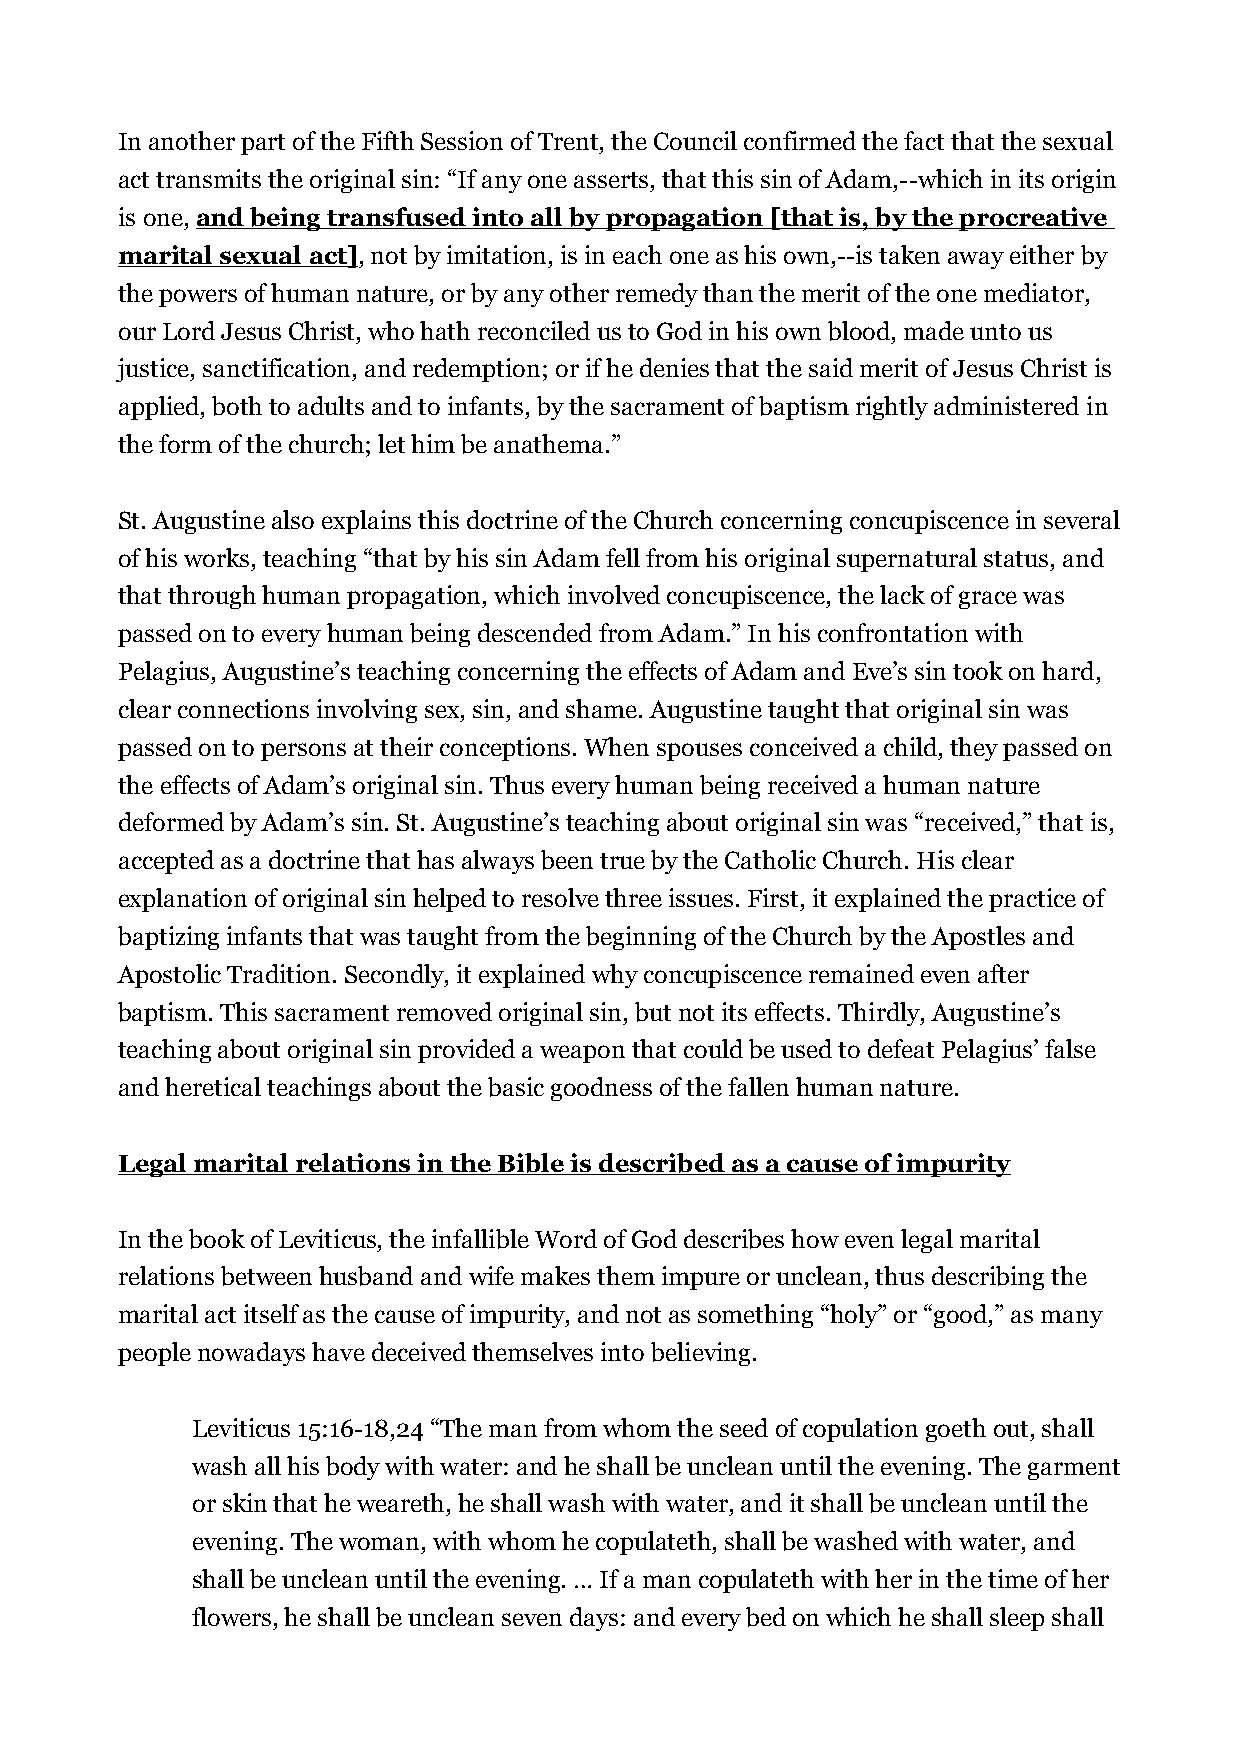
In another part of the Fifth Session of Trent, the Council confirmed the fact that the sexual
 act transmits the original sin: “If any one asserts, that this sin of Adam,--which in its origin
 is one, and being transfused into all by propagation [that is, by the procreative
 marital sexual act], not by imitation, is in each one as his own,--is taken away either by
 the powers of human nature, or by any other remedy than the merit of the one mediator,
 our Lord Jesus Christ, who hath reconciled us to God in his own blood, made unto us
 justice, sanctification, and redemption; or if he denies that the said merit of Jesus Christ is
 applied, both to adults and to infants, by the sacrament of baptism rightly administered in
 the form of the church; let him be anathema.”
 St. Augustine also explains this doctrine of the Church concerning concupiscence in several
 of his works, teaching “that by his sin Adam fell from his original supernatural status, and
 that through human propagation, which involved concupiscence, the lack of grace was
 passed on to every human being descended from Adam.” In his confrontation with
 Pelagius, Augustine’s teaching concerning the effects of Adam and Eve’s sin took on hard,
 clear connections involving sex, sin, and shame. Augustine taught that original sin was
 passed on to persons at their conceptions. When spouses conceived a child, they passed on
 the effects of Adam’s original sin. Thus every human being received a human nature
 deformed by Adam’s sin. St. Augustine’s teaching about original sin was “received,” that is,
 accepted as a doctrine that has always been true by the Catholic Church. His clear
 explanation of original sin helped to resolve three issues. First, it explained the practice of
 baptizing infants that was taught from the beginning of the Church by the Apostles and
 Apostolic Tradition. Secondly, it explained why concupiscence remained even after
 baptism. This sacrament removed original sin, but not its effects. Thirdly, Augustine’s
 teaching about original sin provided a weapon that could be used to defeat Pelagius’ false
 and heretical teachings about the basic goodness of the fallen human nature.
 Legal marital relations in the Bible is described as a cause of impurity
 In the book of Leviticus, the infallible Word of God describes how even legal marital
 relations between husband and wife makes them impure or unclean, thus describing the
 marital act itself as the cause of impurity, and not as something “holy” or “good,” as many
 people nowadays have deceived themselves into believing.
 Leviticus 15:16-18,24 “The man from whom the seed of copulation goeth out, shall
 wash all his body with water: and he shall be unclean until the evening. The garment
 or skin that he weareth, he shall wash with water, and it shall be unclean until the
 evening. The woman, with whom he copulateth, shall be washed with water, and
 shall be unclean until the evening. … If a man copulateth with her in the time of her
 flowers, he shall be unclean seven days: and every bed on which he shall sleep shall